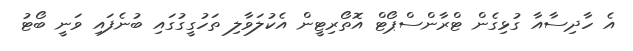
އެ ހާދިސާއާ ގުޅިގެން ޓްރާންސްޕޯޓް އޮތޯރިޓީން އެކުލަވާލި ތަހުގީގުގައި ބުނެފައި ވަނީ ބޯޓު